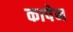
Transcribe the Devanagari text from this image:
कापेन